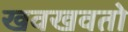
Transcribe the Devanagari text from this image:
खवखवतो